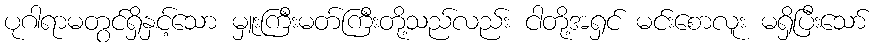
ပုဂါရာမတွင်ရှိနှင့်သော မှူးကြီးမတ်ကြီးတို့သည်လည်း ငါတို့အရှင် မင်းစောလူး မရှိပြီးသော်